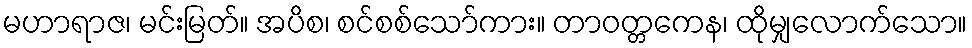
မဟာရာဇ၊ မင်းမြတ်။ အပိစ၊ စင်စစ်သော်ကား။ တာဝတ္တကေန၊ ထိုမျှလောက်သော။